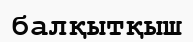
балқытқыш